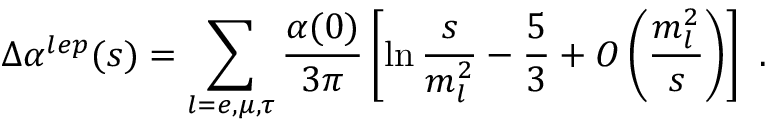
\Delta \alpha ^ { l e p } ( s ) = \sum _ { l = e , \mu , \tau } \frac { \alpha ( 0 ) } { 3 \pi } \left[ \ln \frac { s } { m _ { l } ^ { 2 } } - \frac { 5 } { 3 } + { \cal O } \left( \frac { m _ { l } ^ { 2 } } { s } \right) \right] ~ .